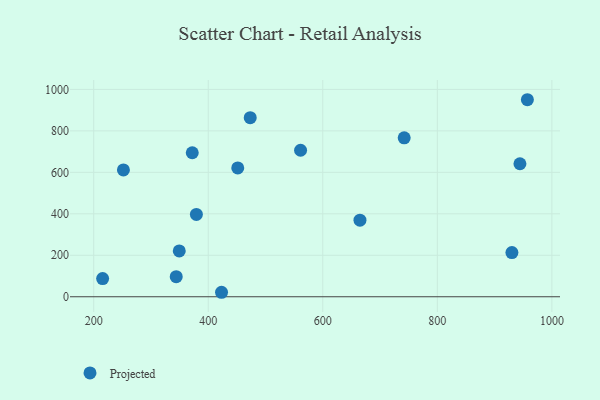
{"axis": {"x": "Speed", "y": "Profit"}, "legend": ["Projected"], "data": [{"x": "423.2", "y": 21.6, "type": "Projected"}, {"x": "930.2", "y": 213.3, "type": "Projected"}, {"x": "561.2", "y": 706.7, "type": "Projected"}, {"x": "944.2", "y": 641.6, "type": "Projected"}, {"x": "372.1", "y": 694.6, "type": "Projected"}, {"x": "379.3", "y": 397.0, "type": "Projected"}, {"x": "451.5", "y": 621.5, "type": "Projected"}, {"x": "742.1", "y": 766.5, "type": "Projected"}, {"x": "349.4", "y": 221.2, "type": "Projected"}, {"x": "215.6", "y": 87.7, "type": "Projected"}, {"x": "344.1", "y": 96.9, "type": "Projected"}, {"x": "957.2", "y": 950.3, "type": "Projected"}, {"x": "251.9", "y": 611.8, "type": "Projected"}, {"x": "664.9", "y": 369.2, "type": "Projected"}, {"x": "473.3", "y": 863.6, "type": "Projected"}]}